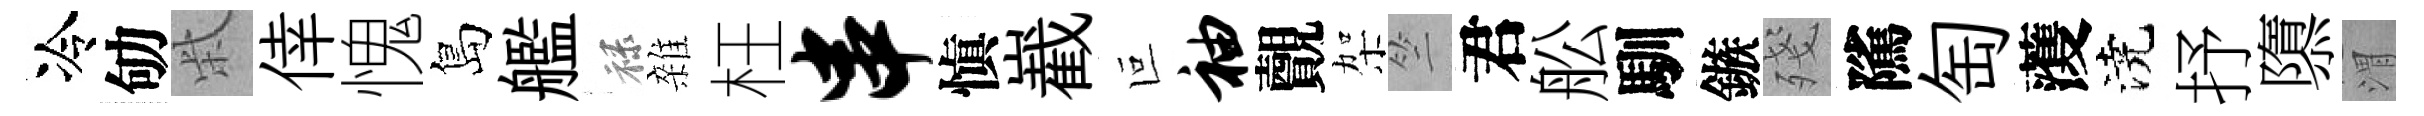
冷劬柴倖愧島艦禄雜枉串愼嶻叵袖覿架竺君舩馴鏃殘隲匋𮑮澆抒隳渭